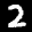
Label: 2